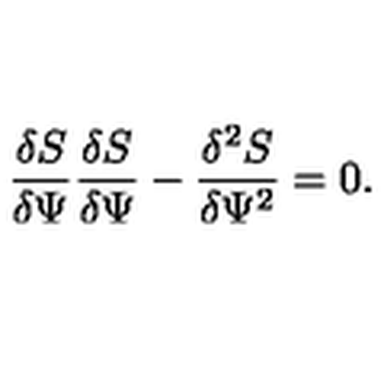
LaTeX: \frac { \delta S } { \delta \Psi } \frac { \delta S } { \delta \Psi } - \frac { \delta ^ { 2 } S } { \delta \Psi ^ { 2 } } = 0 .